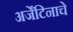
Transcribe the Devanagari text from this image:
अर्जेंटिनाचे